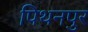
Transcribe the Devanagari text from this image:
पिथनपुर